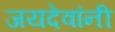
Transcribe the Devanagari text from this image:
जयदेवांनी